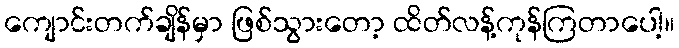
ကျောင်းတက်ချိန်မှာ ဖြစ်သွားတော့ ထိတ်လန့်ကုန်ကြတာပေါ့။